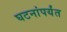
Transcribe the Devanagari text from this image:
घटनांपर्यंत